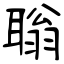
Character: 聬